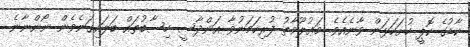
ކާޑުގެ ކޮޕީ ހުށަހަޅަން ވާނެއެވެ. މަޢުލޫމާތު ފުރިހަމަނުވާ އަންދާސީ ހިސާބުތައް ބަލައިގަނެވެން ނޯންނާނެ